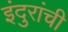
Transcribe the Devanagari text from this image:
इंदुरांची